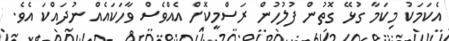
އެކަމަކު މިކަމާ ގުޅޭ ގޮތުން ފުލުހުން ރަސްމީކޮށް އެއްވެސް ވާހަކައެއް ނުދައްކަ އެވެ.